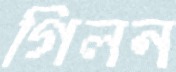
গিলন